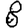
Digit: 8